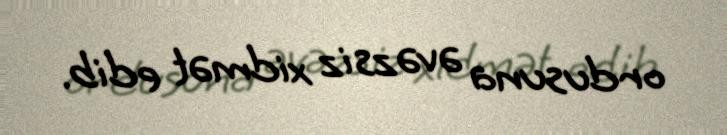
ordusuna əvəzsiz xidmət edib.